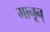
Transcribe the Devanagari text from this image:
मानून्